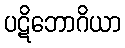
ပဋိဘောဂိယာ